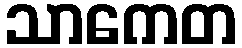
သာကေတ